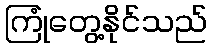
ကြုံတွေ့နိုင်သည်